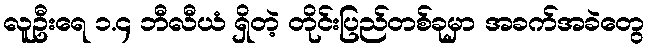
လူဦးရေ ၁.၄ ဘီလီယံ ရှိတဲ့ တိုင်းပြည်တစ်ခုမှာ အခက်အခဲတွေ